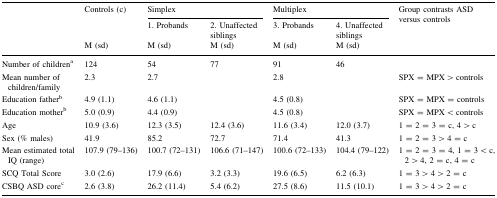
| <ROWSPAN=3>  | <ROWSPAN=2> Controls (c) | <COLSPAN=2> Simplex | <COLSPAN=2> Multiplex | <ROWSPAN=3> Group contrasts ASD versus controls |
 | 1. Probands | 2. Unaffected siblings | 3. Probands | 4. Unaffected siblings |
 | M (sd) | M (sd) | M (sd) | M (sd) | M (sd) |
 | --- | --- | --- | --- | --- | --- | --- |
 | Number of childrena | 124 | 54 | 77 | 91 | 46 |  |
 | Mean number of children/family | 2.3 | <COLSPAN=2> 2.7 | <COLSPAN=2> 2.8 | SPX = MPX > controls |
 | Education fatherb | 4.9 (1.1) | <COLSPAN=2> 4.6 (1.1) | <COLSPAN=2> 4.5 (0.8) | SPX = MPX = controls |
 | Education motherb | 5.0 (0.9) | <COLSPAN=2> 4.4 (0.9) | <COLSPAN=2> 4.5 (0.8) | SPX = MPX < controls |
 | Age | 10.9 (3.6) | 12.3 (3.5) | 12.4 (3.6) | 11.6 (3.4) | 12.0 (3.7) | 1 = 2 = 3 = c, 4 > c |
 | Sex (% males) | 41.9 | 85.2 | 72.7 | 71.4 | 41.3 | 1 = 2 = 3 > 4 = c |
 | Mean estimated total IQ (range) | 107.9 (79–136) | 100.7 (72–131) | 106.6 (71–147) | 100.6 (72–133) | 104.4 (79–122) | 1 = 2 = 3 = 4, 1 = 3 < c, 2 > 4, 2 = c, 4 = c |
 | SCQ Total Score | 3.0 (2.6) | 17.9 (6.6) | 3.2 (3.3) | 19.6 (6.5) | 6.2 (6.3) | 1 = 3 > 4 > 2 = c |
 | CSBQ ASD corec | 2.6 (3.8) | 26.2 (11.4) | 5.4 (6.2) | 27.5 (8.6) | 11.5 (10.1) | 1 = 3 > 4 > 2 = c |